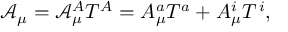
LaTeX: \mathcal { A } _ { \mu } = \mathcal { A } _ { \mu } ^ { A } T ^ { A } = A _ { \mu } ^ { a } T ^ { a } + A _ { \mu } ^ { i } T ^ { \, i } ,